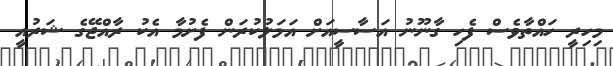
މިހިރީ ހައްތާވެސް ފެހި ގާނޫނު އަސާސީއަށް އަމަލުކުރަން ފެށުމާ އެކު ރާއްޖޭގެ ޝަރުއީ